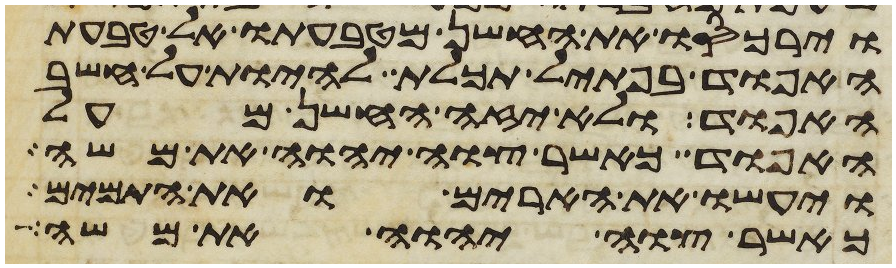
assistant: וירכסו את החשן מטבעתו אל טבעת
האפוד בפתיל תכלת להיות על חשב
האפוד ולא יזה החשן מעל
האפוד כאשר צוה יהוה את משה
ויעשו את הארים ואת התמים
כאשר צוה יהוה את משה